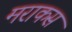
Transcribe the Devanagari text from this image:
मराकस